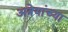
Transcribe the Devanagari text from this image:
अत्रेयांच्या